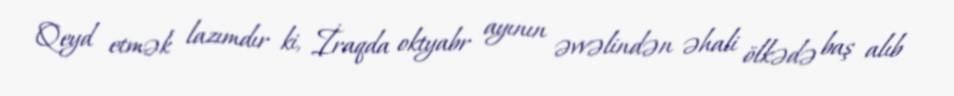
Qeyd etmək lazımdır ki, İraqda oktyabr ayının əvvəlindən əhali ölkədə baş alıb